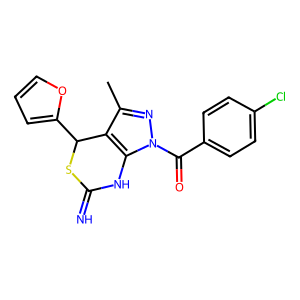
SMILES: Cc1nn(C(=O)c2ccc(Cl)cc2)c2c1C(c1ccco1)SC(=N)N2
Inhibits HIV replication: Yes